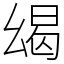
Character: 㡫